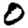
Digit: 0